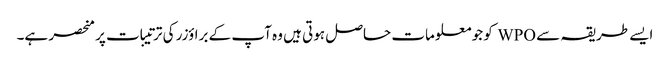
ایسے طریقہ سے WPO کو جو معلومات حاصل ہوتی ہیں وہ آپ کے براؤزر کی ترتیبات پر منحصر ہے۔